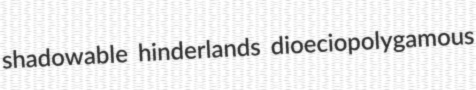
shadowable hinderlands dioeciopolygamous